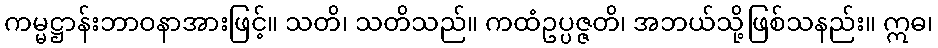
ကမ္မဋ္ဌာန်းဘာဝနာအားဖြင့်။ သတိ၊ သတိသည်။ ကထံဥပ္ပဇ္ဇတိ၊ အဘယ်သို့ဖြစ်သနည်း။ ဣဓ၊